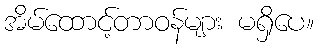
အိမ်ထောင့်တာဝန်များ မရှိပေ။